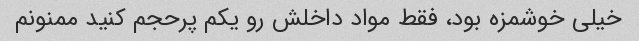
خیلی خوشمزه بود، فقط مواد داخلش رو یکم پرحجم کنید ممنونم